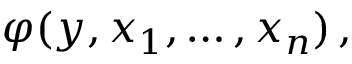
\varphi ( y , x _ { 1 } , \ldots , x _ { n } ) \, ,